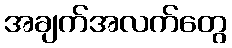
အချက်အလက်တွေ